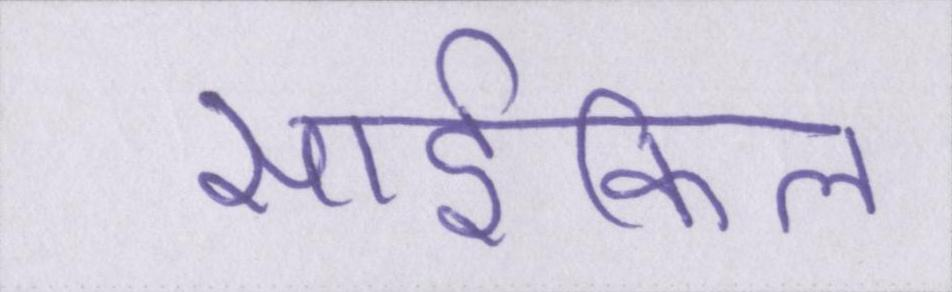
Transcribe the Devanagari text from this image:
साईकिल